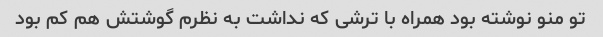
تو منو نوشته بود همراه با ترشی که نداشت به نظرم گوشتش هم کم بود